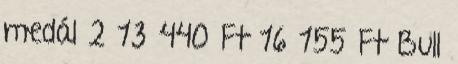
medál 2 13 440 Ft 16 155 Ft Bull